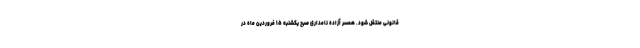
قانونی منتقل شود. همسر آزاده نامداری صبح یکشنبه ۱۵ فروردین ماه در